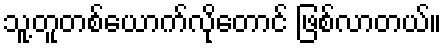
သူ့တူတစ်ယောက်လိုတောင် ဖြစ်လာတယ်။